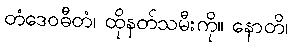
တံဒေဝဓီတံ၊ ထိုနတ်သမီးကို။ နောတိ၊